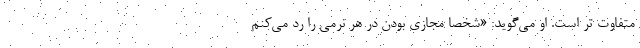
متفاوت تر است. او می‌گوید: «شخصاً مجازی بودن در هر نُرمی را رد می‌کنم